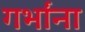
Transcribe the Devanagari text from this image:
गर्भांना